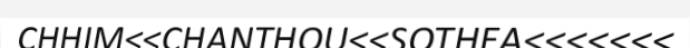
CHHIM<<CHANTHOU<<SOTHEA<<<<<<<